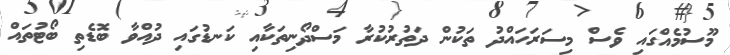
މޫސުމެއްގައި ވެސް މިސަރަހައްދު ތަކުން ދަތުރުކުރާ މަސްދޯނިތަކާއި ކަނޑުގައި ދުއްވާ ބޮޑެތި ބޯޓުތައް